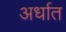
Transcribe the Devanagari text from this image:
अर्धात